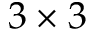
3 \times 3